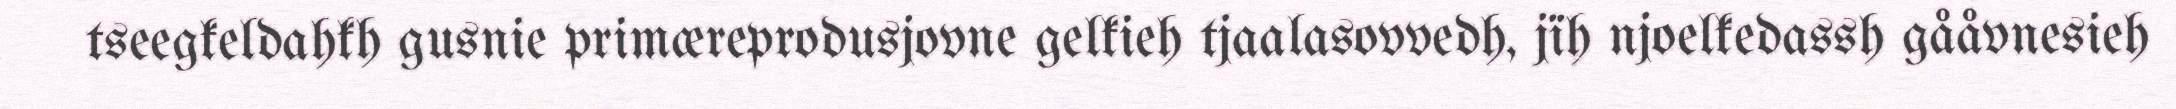
tseegkeldahkh gusnie primæreprodusjovne gelkieh tjaalasovvedh, jïh njoelkedassh gååvnesieh